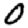
Digit: 0